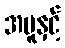
အပူနှင့်